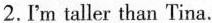
2.I'm taller than Tina.